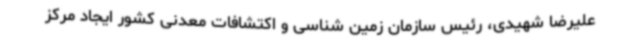
علیرضا شهیدی، رئیس سازمان زمین شناسی و اکتشافات معدنی کشور ایجاد مرکز